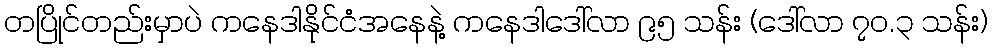
တပြိုင်တည်းမှာပဲ ကနေဒါနိုင်ငံအနေနဲ့ ကနေဒါဒေါ်လာ ၉၅ သန်း (ဒေါ်လာ ၇၀.၃ သန်း)